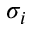
\sigma _ { i }